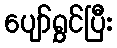
ပျော်ရွှင်ပြီး